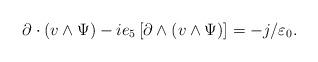
LaTeX: \begin{align*}\partial \cdot (v\wedge \Psi )-ie_{5}\left[ \partial \wedge (v\wedge \Psi)\right] =-j/\varepsilon _{0}. \end{align*}